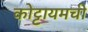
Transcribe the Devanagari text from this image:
कोट्टायमची